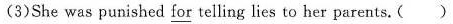
(3)She was punished for telling lies to her parents.( )